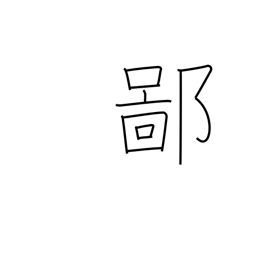
Meaning: be countrified